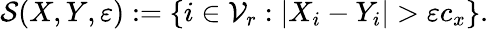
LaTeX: \begin{array}{r}{\mathcal{S}(X,Y,\varepsilon):=\{ i\in\mathcal{V}_{r}:|X_{i}-Y_{i}|>\varepsilon c_{x}\} .}\end{array}